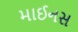
માઈનસ